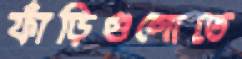
ফাঁড়িগুলোতে